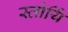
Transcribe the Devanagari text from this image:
स्तोर्यि